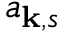
a _ { \mathbf { k } , s }